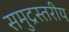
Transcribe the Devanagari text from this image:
समुद्रस्तरीय